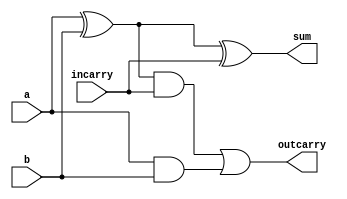
module adder_full(sum, outcarry, a, b, incarry);
    input a, b, incarry;
    output sum, outcarry;

    //* Data-flow modelling
    assign sum = ( (a ^ b) ^ incarry );
    assign outcarry = ( ( (a ^ b) & incarry ) | (a & b) );
endmodule

// The outcarry[3] bit from this module can act as an `incarry` bit for another adder
// The value of sum, represents the sum of both the numbers.
module adder_parallel_4_bit(sum, outcarry, num1, num2, incarry);
    input[3:0] num1, num2;
    input incarry;

    wire[3:0] carry_bits;

    output[3:0] sum;
    output outcarry;

    adder_full wire_driver_0(sum[0], carry_bits[0], num1[0], num2[0], incarry);
    adder_full wire_driver_1(sum[1], carry_bits[1], num1[1], num2[1], carry_bits[0]);
    adder_full wire_driver_2(sum[2], carry_bits[2], num1[2], num2[2], carry_bits[1]);
    adder_full wire_driver_3(sum[3], carry_bits[3], num1[3], num2[3], carry_bits[2]);

    assign outcarry = carry_bits[3];
endmodule

module testbenchforparalleladder;
    reg[3:0] num1, num2;
    reg incarry;
    
    wire[3:0] sum;
    wire outcarry;

    adder_parallel_4_bit wire_driver(sum, outcarry, num1, num2, incarry);

    initial begin
        #30 num1 = 4'b1101; num2 = 4'b1111; incarry = 1'b0;
        #0 $display("Sum of %b and %b, with incarry : (%b) is %b, with outcarry : (%b)", num1, num2, incarry, sum, outcarry);
        
        #30 num1 = 4'b1000; num2 = 4'b0101; incarry = 1'b1;
        #0 $display("Sum of %b and %b, with incarry : (%b) is %b, with outcarry : (%b)", num1, num2, incarry, sum, outcarry);
        
        #30 $finish;
    end
endmodule